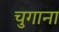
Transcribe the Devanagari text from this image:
चुगाना